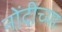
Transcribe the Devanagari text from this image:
नोंदीच्या